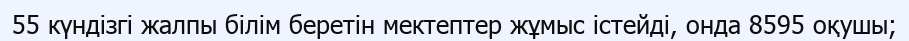
55 күндізгі жалпы білім беретін мектептер жұмыс істейді, онда 8595 оқушы;